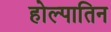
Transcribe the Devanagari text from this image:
होल्पातिन